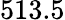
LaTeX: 513.5